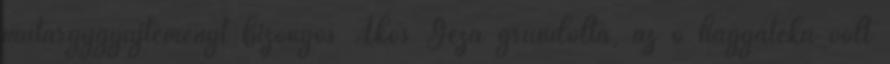
műtárgygyűjteményt bizonyos Ákos Géza gründolta, az ő hagyatéka volt